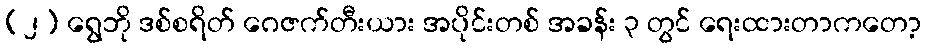
(၂) ရွေဘို ဒစ်စရိတ် ဂေဇက်တီးယား အပိုင်းတစ် အခန်း ၃ တွင် ရေးထားတာကတော့